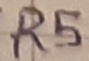
Text: R5